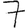
Digit: 7